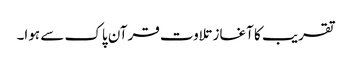
تقریب کا آغاز تلاوت قرآن پاک سے ہوا۔